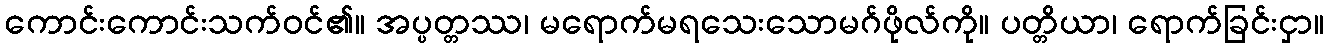
ကောင်းကောင်းသက်ဝင်၏။ အပ္ပတ္တဿ၊ မရောက်မရသေးသောမဂ်ဖိုလ်ကို။ ပတ္တိယာ၊ ရောက်ခြင်းငှာ။